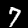
Digit: 7